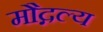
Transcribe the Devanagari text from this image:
मौद्गल्य